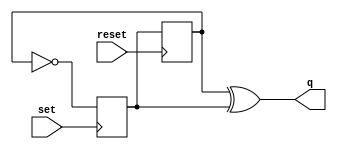
module SR_latch(input set, input reset, output q);

reg Qs=0, Qr=0;
always @(posedge set) Qs <= ~Qr;
always @(posedge reset) Qr <= Qs;
assign q = Qr ^ Qs;

endmodule